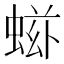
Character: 𧌷